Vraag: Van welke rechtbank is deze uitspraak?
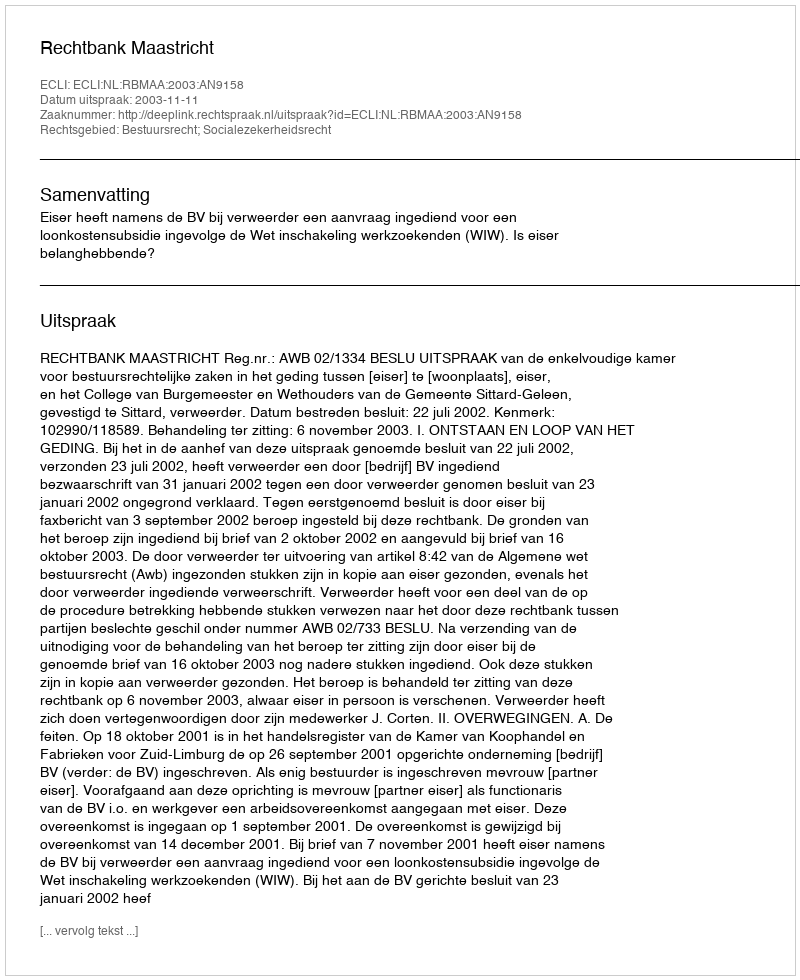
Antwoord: Rechtbank Maastricht